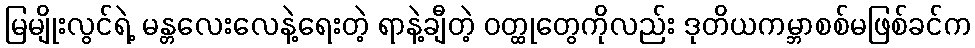
မြမျိုးလွင်ရဲ့ မန္တလေးလေနဲ့ရေးတဲ့ ရာနဲ့ချီတဲ့ ဝတ္ထုတွေကိုလည်း ဒုတိယကမ္ဘာစစ်မဖြစ်ခင်က